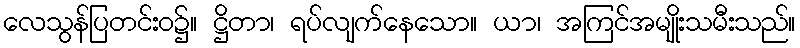
လေသွန်ပြတင်းဝ၌။ ဋ္ဌိတာ၊ ရပ်လျက်နေသော။ ယာ၊ အကြင်အမျိုးသမီးသည်။